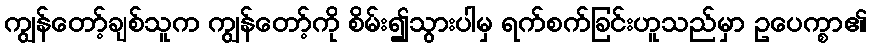
ကျွန်တော့်ချစ်သူက ကျွန်တော့်ကို စိမ်း၍သွားပါမှ ရက်စက်ခြင်းဟူသည်မှာ ဥပေက္စာ၏